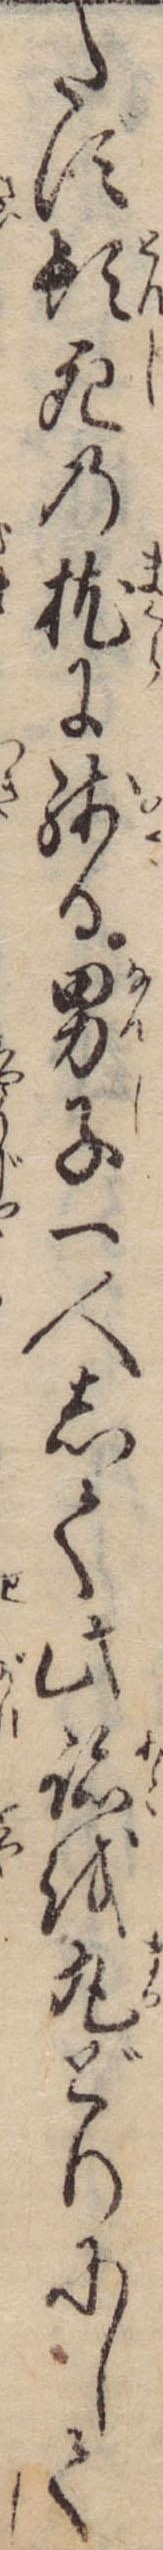
たず頓死の枕に残る男子一人して此跡を丸どりにして